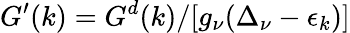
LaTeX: G^{\prime}(k)=G^{d}(k)/[g_{\nu}(\Delta_{\nu}-\epsilon_{k})]